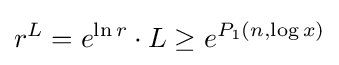
r^{L}=e^{\ln {r}}\cdot L\geq e^{P_{1}(n,\log {x})}